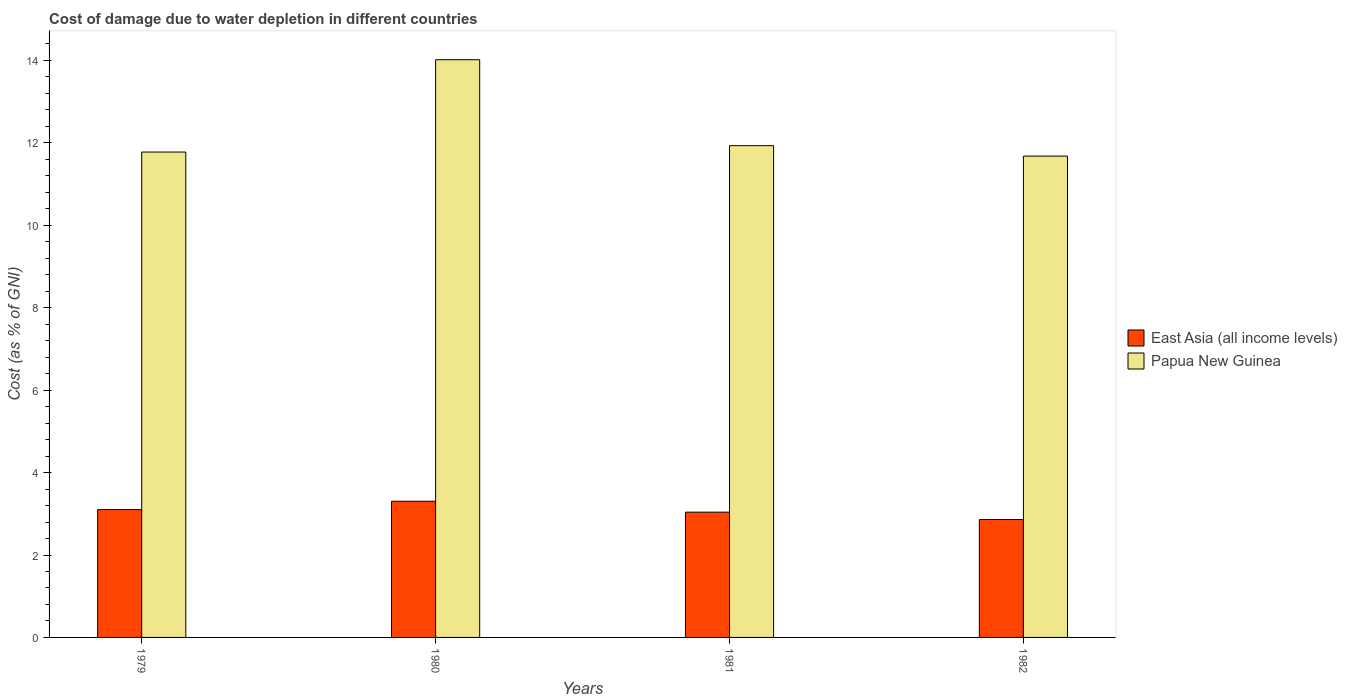
| Years | East Asia (all income levels) | Papua New Guinea |
 | --- | --- | --- |
 | 1979 | 3.1 | 11.8 |
 | 1980 | 3.3 | 14 |
 | 1981 | 3.04 | 11.9 |
 | 1982 | 2.86 | 11.7 |